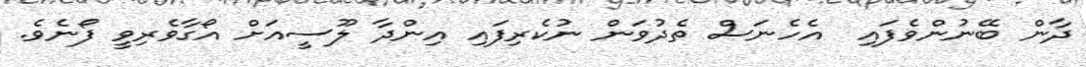
ދާން ބޭނުންވެފައި  އެހެނަސް ތެދުވަން ނުކެރިފައި އިންދާ ލޫސީއަށް އޯގާވެރިވީ ފޯނެވެ.